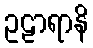
ဥဠာရာနိ